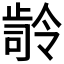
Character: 𭭭